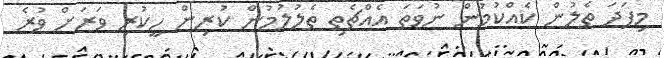
މިފަދަ ތެލުން ކެއްކުމުން ނުވަތަ އެއްޗެތި ތެލުލުމުން ކުރިން ހީކުރި ވަރަށް ވުރެ